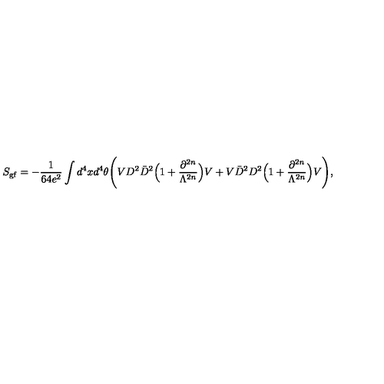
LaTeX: S _ { \mathrm { \footnotesize g f } } = - \frac { 1 } { 6 4 e ^ { 2 } } \int d ^ { 4 } x d ^ { 4 } \theta \Bigg ( V D ^ { 2 } \bar { D } ^ { 2 } \Big ( 1 + \frac { \partial ^ { 2 n } } { \Lambda ^ { 2 n } } \Big ) V + V \bar { D } ^ { 2 } D ^ { 2 } \Big ( 1 + \frac { \partial ^ { 2 n } } { \Lambda ^ { 2 n } } \Big ) V \Bigg ) ,